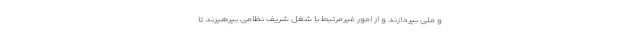
و ملّی بپردازند و از امور غیرمرتبط با شغل شریف نظامی بپرهیزند تا